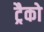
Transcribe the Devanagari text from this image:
ट्रैको